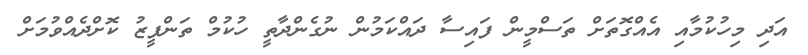
އަދި މިހުކުމާއި އެއްގޮތަށް ތަސްމީން ފައިސާ ދައްކަމުން ނުގެންދާތީ ހުކުމް ތަންފީޒު ކޮށްދެއްވުމަށް